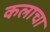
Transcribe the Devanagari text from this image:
कलाचा